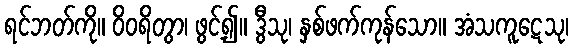
ရင်ဘတ်ကို။ ဝိဝရိတွာ၊ ဖွင့်၍။ ဒွီသု၊ နှစ်ဖက်ကုန်သော။ အံသကူဋေသု၊